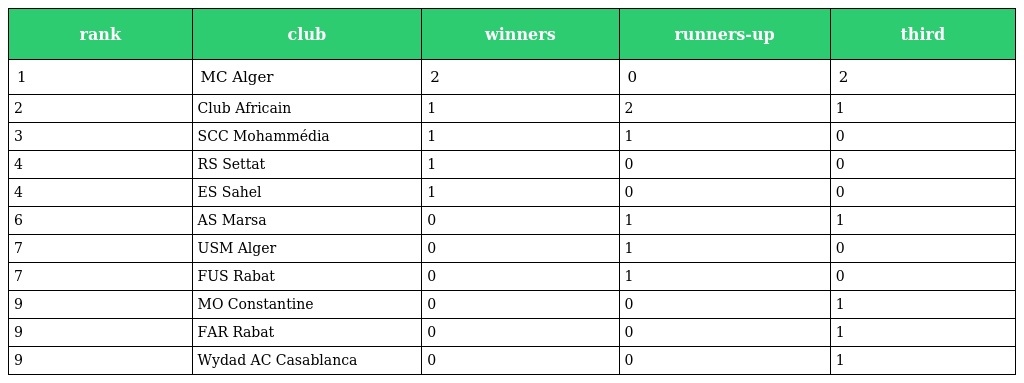
| rank | club | winners | runners-up | third |
 | --- | --- | --- | --- | --- |
 | 1 | MC Alger | 2 | 0 | 2 |
 | 2 | Club Africain | 1 | 2 | 1 |
 | 3 | SCC Mohammédia | 1 | 1 | 0 |
 | 4 | RS Settat | 1 | 0 | 0 |
 | 4 | ES Sahel | 1 | 0 | 0 |
 | 6 | AS Marsa | 0 | 1 | 1 |
 | 7 | USM Alger | 0 | 1 | 0 |
 | 7 | FUS Rabat | 0 | 1 | 0 |
 | 9 | MO Constantine | 0 | 0 | 1 |
 | 9 | FAR Rabat | 0 | 0 | 1 |
 | 9 | Wydad AC Casablanca | 0 | 0 | 1 |